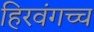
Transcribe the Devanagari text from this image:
हिरवंगच्च